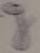
Text: g